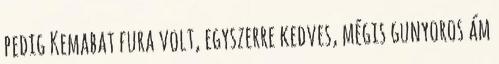
pedig Kemabat fura volt, egyszerre kedves, mégis gunyoros ám